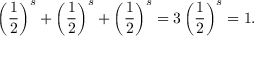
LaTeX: \left( { \frac { 1 } { 2 } } \right) ^ { s } + \left( { \frac { 1 } { 2 } } \right) ^ { s } + \left( { \frac { 1 } { 2 } } \right) ^ { s } = 3 \left( { \frac { 1 } { 2 } } \right) ^ { s } = 1 .